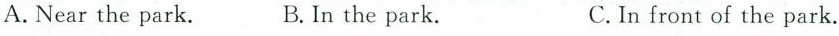
A. Near the park. B.In the park. C. In front of the park.